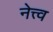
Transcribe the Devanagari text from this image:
नेत्त्व